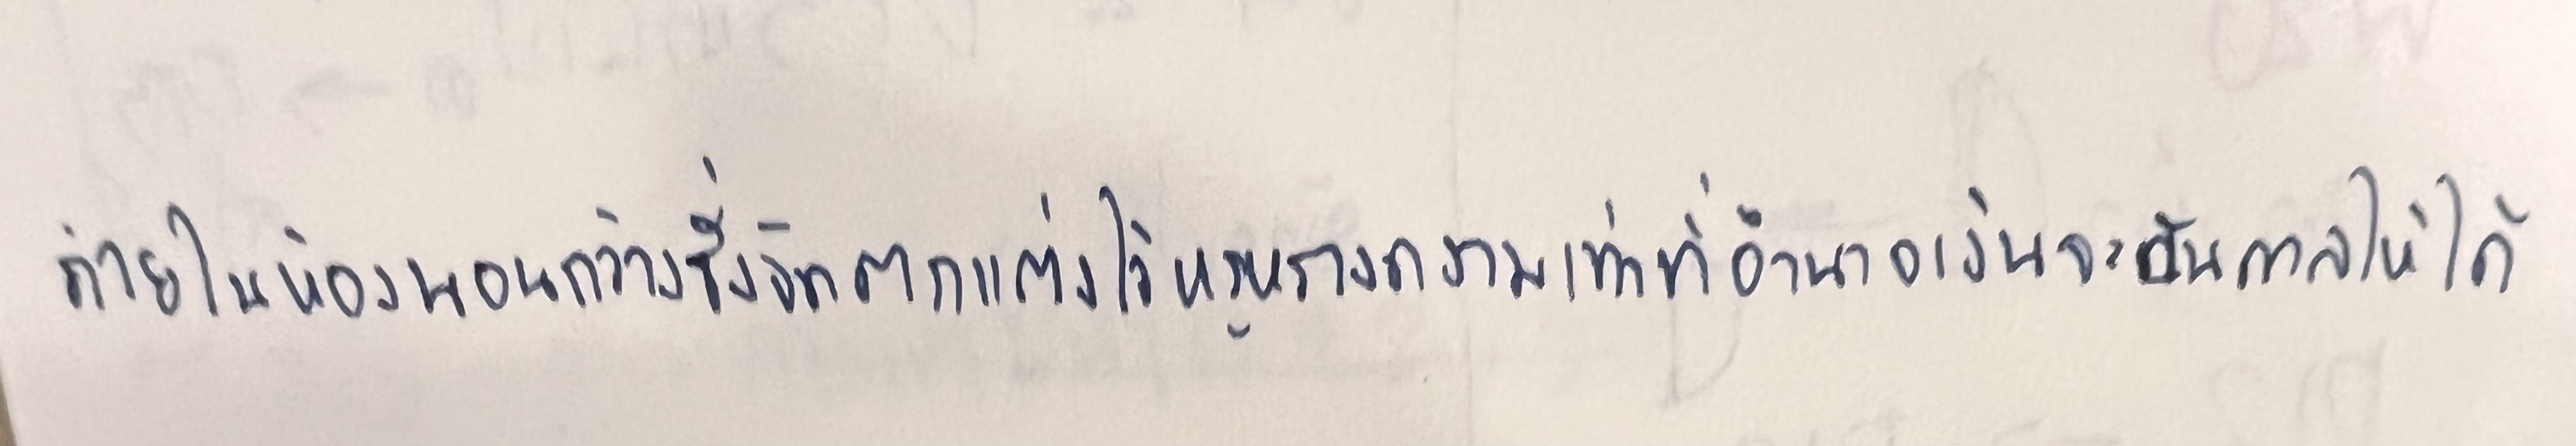
ภายในห้องนอนกว้างซึ่งจัดตกแต่งไว้หรูหรางดงามเท่าที่อำนาจเงินจะบันดาลให้ได้